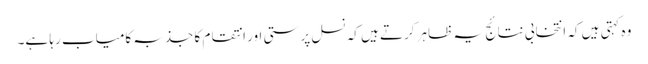
وہ کہتی ہیں کہ انتخابی نتائج یہ ظاہر کرتے ہیں کہ نسل پرستی اور انتقام کا جذبہ کامیاب رہا ہے۔